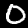
Label: 0